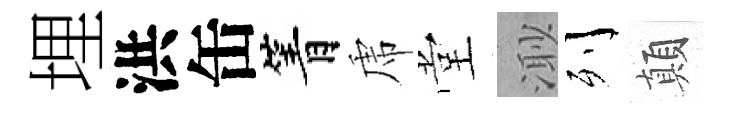
埋洪缶箐虎堂𣺌列顛